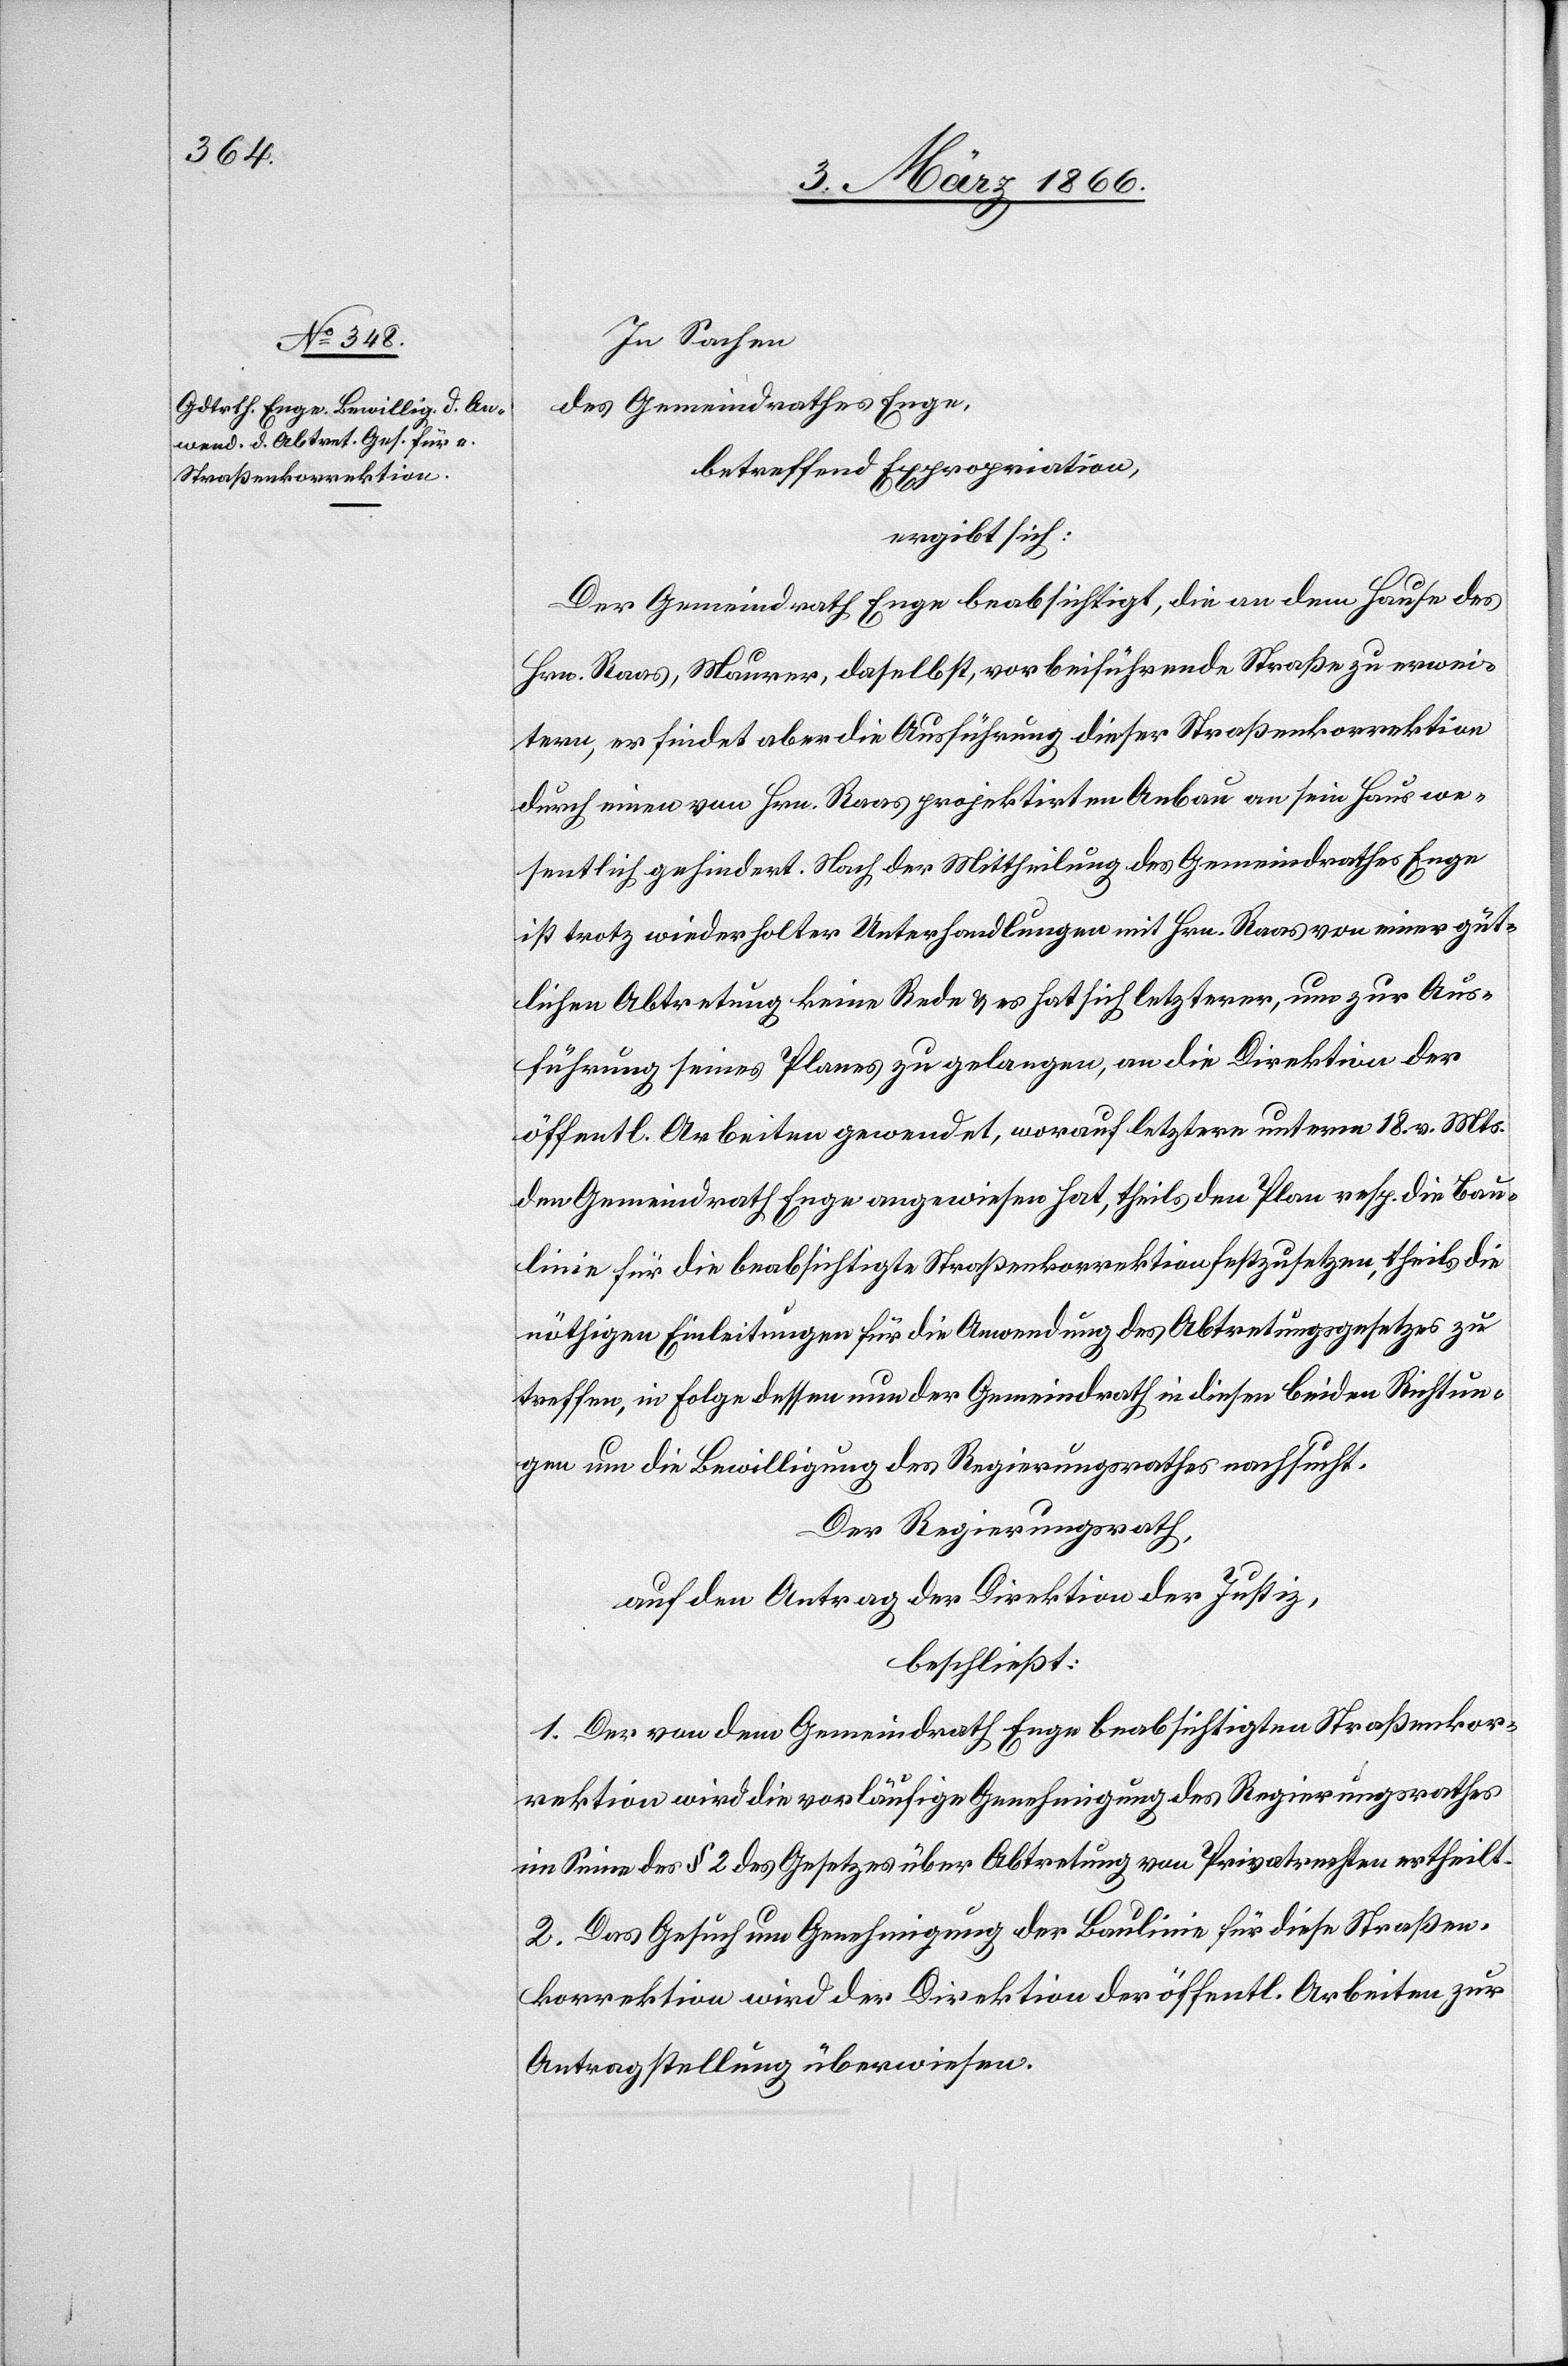
In Sachen
des Gemeindrathes Enge,
betreffend Expropriation,
ergibt sich:
Der Gemeindrath Enge beabsichtigt, die an dem Hause des
Hrn. Raas, Maurer, daselbst, vorbeiführende Straße zu erwei¬
tern, er findet aber die Ausführung dieser Straßenkorrektion
durch einen von Hrn. Raas projektirten Anbau an sein Haus we¬
sentlich gehindert. Nach der Mittheilung des Gemeindrathes Enge
ist trotz wiederholter Unterhandlungen mit Hrn. Raas von einer güt¬
lichen Abtretung keine Rede u. es hat sich letzterer, um zur Aus¬
führung seines Planes zu gelangen, an die Direktion der
öffentl. Arbeiten gewendet, worauf letztere unterm 18. v. Mts.
den Gemeindrath Enge angewiesen hat, theils den Plan resp. die Bau¬
linie für die beabsichtigte Straßenkorrektion festzusetzen, theils die
nöthigen Einleitungen für die Anwendung des Abtretungsgesetzes zu
treffen, in Folge dessen nun der Gemeindrath in diesen beiden Richtun¬
gen um die Bewilligung des Regierungsrathes nachsucht.
Der Regierungsrath,
auf den Antrag der Direktion der Justiz,
beschließt:
1. Der von dem Gemeindrath Enge beabsichtigte Straßenkor¬
rektion wird die vorläufige Genehmigung des Regierungsrathes
im Sinne des § 2 des Gesetzes über Abtretung von Privatrechten ertheilt.
2. Das Gesuch um Genehmigung der Baulinie für diese Straßen¬
korrektion wird der Direktion der öffentl. Arbeiten zur
Antragstellung überwiesen